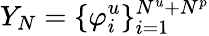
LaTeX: Y_{N}=\{ \varphi_{i}^{u}\} _{i=1}^{N^{u}+N^{p}}